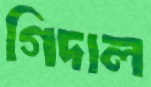
গিদাল